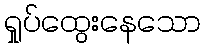
ရှုပ်ထွေးနေသော